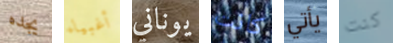
يجده أغبياء يوناني كانت يأتي كنت